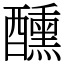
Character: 醺